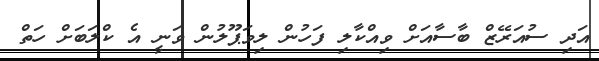
އަދި ސުއަރޭޒް ބާސާއަށް ވިއްކާލި ފަހުން ލިވަޕޫލުން ވަނީ އެ ކްލަބަށް ހަތް